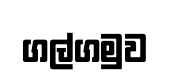
ගල්ගමුව